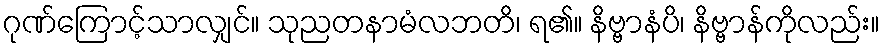
ဂုဏ်ကြောင့်သာလျှင်။ သုညတနာမံလဘတိ၊ ရ၏။ နိဗ္ဗာနံပိ၊ နိဗ္ဗာန်ကိုလည်း။